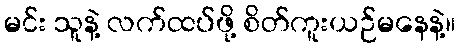
မင်း သူနဲ့ လက်ထပ်ဖို့ စိတ်ကူးယဉ်မနေနဲ့။